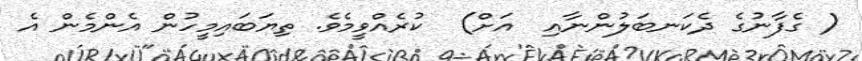
( ގެފާނުގެ ދެކަނބަލުންނާއި  އަށް)  ކުރެއްވީމެވެ. ތިޔަބައިމީހުން އެންމެން އެ